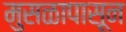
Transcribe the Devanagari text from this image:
मुसळापासून